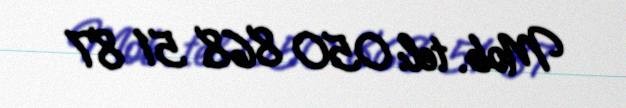
Mob. tel: 050 868 51 87